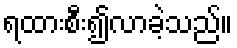
ရထားစီး၍လာခဲ့သည်။